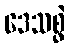
ဒေသစွဲ